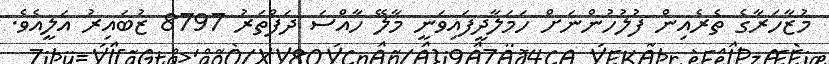
މުޒާހަރާގެ ތެރެއިން ފުލުހުންނަށް ހަމަލާދީފައިވަނީ މާލޭ ހާއްސަ ދަފްތަރު 8797 ޒުބައިރު އަލީއެވެ.